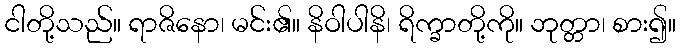
ငါတို့သည်။ ရာဇိနော၊ မင်း၏။ နိဝါပါနိ၊ ရိက္ခာတို့ကို။ ဘုတ္တာ၊ စား၍။